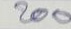
200